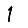
Digit: 1